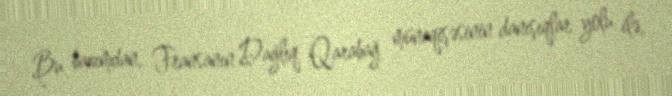
Bu baxımdan, Fransanın Dağlıq Qarabağ münaqişəsinin danışıqlar yolu ilə,